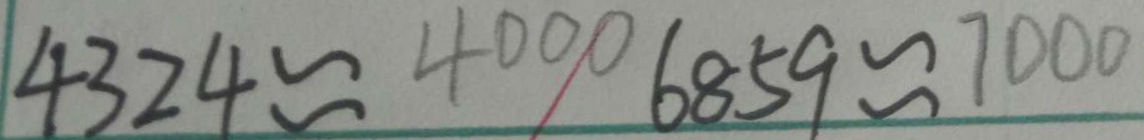
4 3 2 4 \approx 4 0 0 0 6 8 5 9 \approx 7 0 0 0